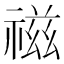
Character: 禌